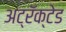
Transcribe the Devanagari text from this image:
अट्रॅक्टेड